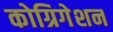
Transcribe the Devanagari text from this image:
कोग्रिगेशन